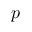
p